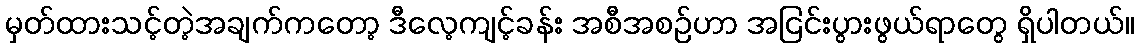
မှတ်ထားသင့်တဲ့အချက်ကတော့ ဒီလေ့ကျင့်ခန်း အစီအစဉ်ဟာ အငြင်းပွားဖွယ်ရာတွေ ရှိပါတယ်။